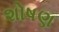
શોષણ